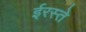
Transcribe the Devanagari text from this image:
ईरस्ते